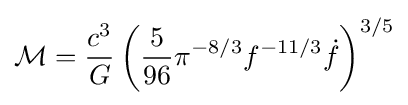
{\mathcal {M}}={\frac {c^{3}}{G}}\left({\frac {5}{96}}\pi ^{-8/3}f^{-11/3}{\dot {f}}\right)^{3/5}